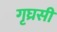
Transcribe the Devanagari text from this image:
गृघ्रसी